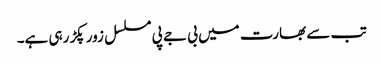
تب سے بھارت میں بی جے پی مسلسل زور پکڑ رہی ہے۔